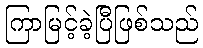
ကြာမြင့်ခဲ့ပြီဖြစ်သည်